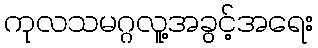
ကုလသမဂ္ဂလူ့အခွင့်အရေး